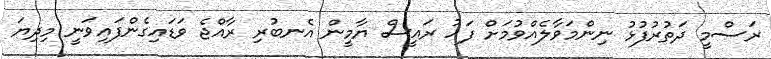
ރަސްމީ ދަތުރުފުޅު ނިންމަވާލެއްވުމަށް ފަހު ރައީސް ޔާމީން އެނބުރި ރާއްޖެ ވަޑައިގެންފައިވަނީ މިދިޔަ